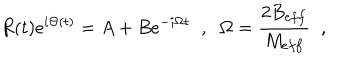
LaTeX: R ( t ) e ^ { i \Theta ( t ) } = A + B e ^ { - i \Omega t } \; \; , \; \; \Omega = \frac { 2 B _ { e f f } } { M _ { e f f } } \; \; ,